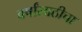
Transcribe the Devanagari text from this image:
वर्षांसाठीचा